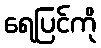
ရေပြင်ကို